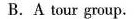
B. A tour group.